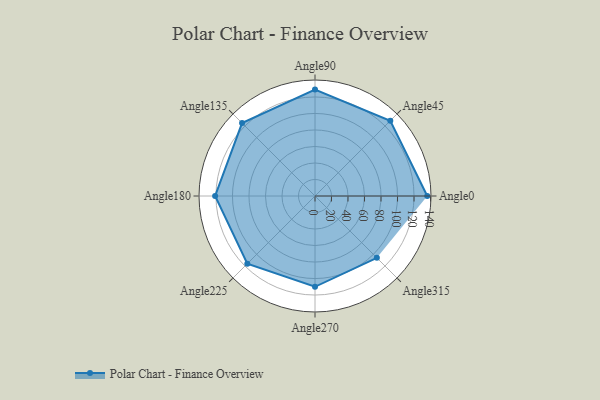
{"axis": {"x": "Angle", "y": "Radius"}, "legend": [""], "data": [{"x": "Angle0", "y": 136.0, "type": ""}, {"x": "Angle45", "y": 129.0, "type": ""}, {"x": "Angle90", "y": 129.0, "type": ""}, {"x": "Angle135", "y": 125.0, "type": ""}, {"x": "Angle180", "y": 121.0, "type": ""}, {"x": "Angle225", "y": 116.0, "type": ""}, {"x": "Angle270", "y": 110.0, "type": ""}, {"x": "Angle315", "y": 106.0, "type": ""}]}